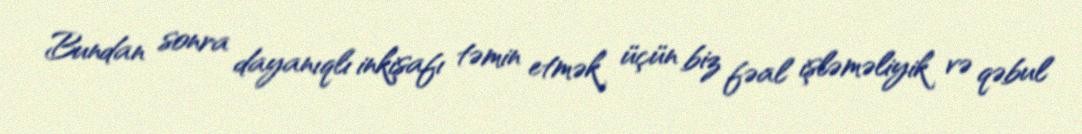
Bundan sonra dayanıqlı inkişafı təmin etmək üçün biz fəal işləməliyik və qəbul